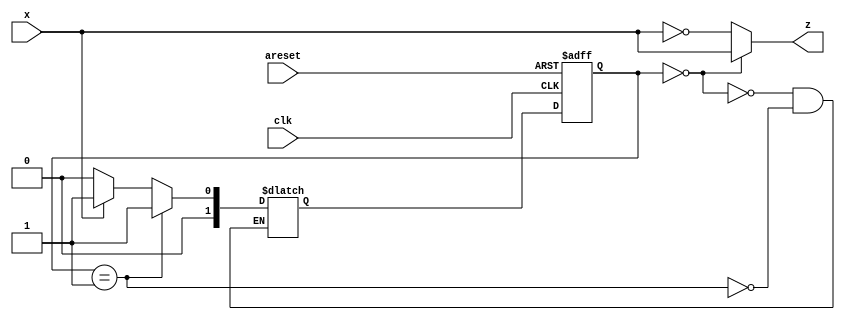
module top_module (
    input clk,
    input areset,
    input x,
    output z
); 

    parameter A = 0 , B = 1 ;
    reg [1:0] cstate , nstate ;
    
    always @(posedge clk or posedge areset) begin
        if(areset) begin
            cstate <= A ;
        end
        else begin
            cstate <= nstate ;
        end
    end
    
    always @(*) begin
        case(cstate)
            A : nstate = x ? B : A ;
            B : nstate = B ;
        endcase
    end
     
    assign z = (cstate == A) ? x : ~x ;
    
    
endmodule